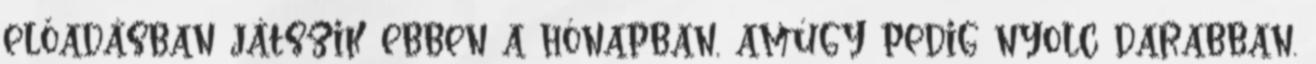
előadásban játszik ebben a hónapban, amúgy pedig nyolc darabban.